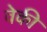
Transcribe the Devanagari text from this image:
वेकी